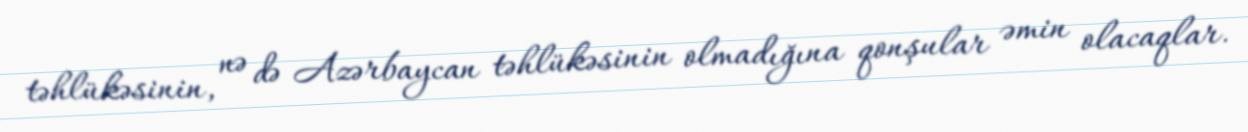
təhlükəsinin, nə də Azərbaycan təhlükəsinin olmadığına qonşular əmin olacaqlar.